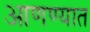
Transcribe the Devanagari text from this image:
आणण्यात